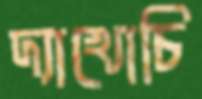
দ্যাখোচি